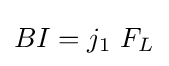
BI=j_{1}\ F_{L}